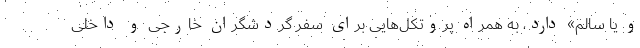
و یا سالم» دارد، به همراه پروتکل‌هایی برای سفر گردشگران خارجی و داخلی